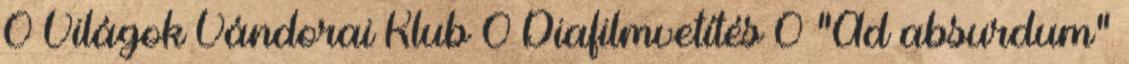
0 Világok Vándorai Klub 0 Diafilmvetítés 0 “Ad absurdum”